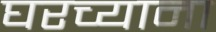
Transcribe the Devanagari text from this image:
घरच्याना